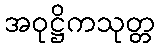
အဝုဋ္ဌိကသုတ္တ